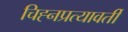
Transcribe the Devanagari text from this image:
चिह्नप्रत्यावर्ती